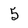
Character: 5